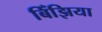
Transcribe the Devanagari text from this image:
बिँझिया